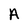
Character: A